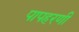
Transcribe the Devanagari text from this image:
पापहरणी